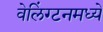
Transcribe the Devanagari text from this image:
वेलिंग्टनमध्ये